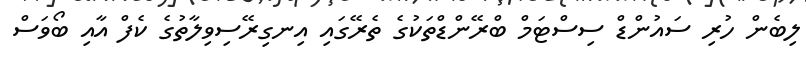
ލިބެން ހުރި ސައުންޑް ސިސްޓަމް ބްރޭންޑްތަކުގެ ތެރޭގައި އިނގިރޭސިވިލާތުގެ ކެފް އާއި ބޯވަސް